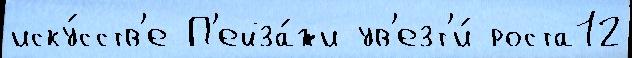
иску́сств'е П'ейза́жи ув'езт'и́ роста12